Civil Veterinary Department. Madras. Admin. report 1926-33 - 1926-1933
Year: 1926
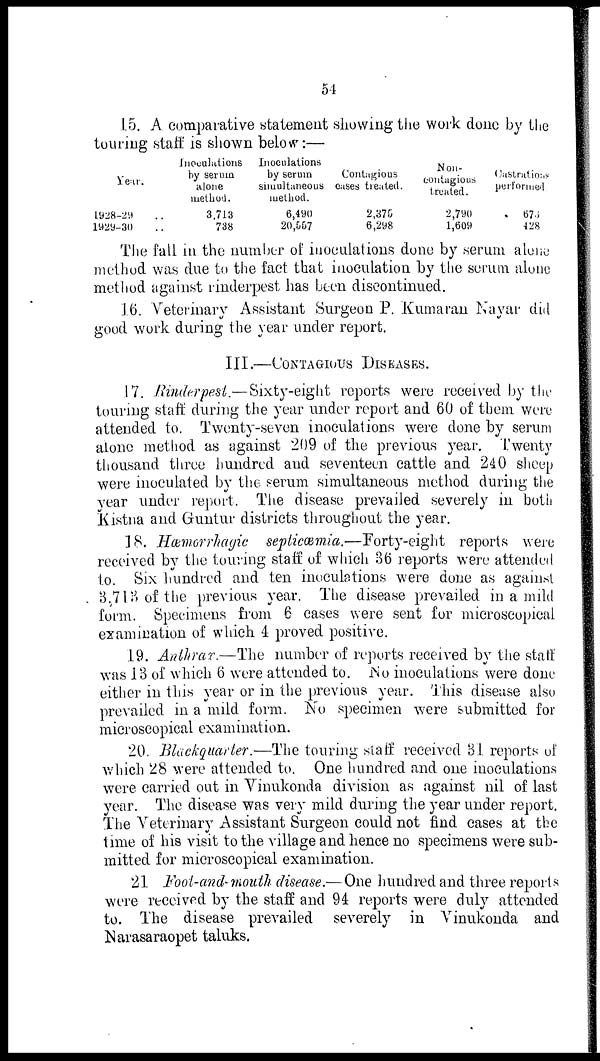
54
15. A comparative statement showing the work done by the
touring staff is shown below:—
Year.
1928-29 ..
1929-30 ..
Inoculations
by serum
alone
method.
3,713
738
Inoculations
by serum
simultaneous
method.
6,490
20,557
Contagious
cases treated.
2,375
6,298
Non-
contagious
treated.
2,790
1,609
Castrations
performed.
673
428
The fall in the number of inoculations done by serum alone
method was due to the fact that inoculation by the serum alone
method against rinderpest has been discontinued.
16. Veterinary Assistant Surgeon P. Kumaran Nayar did
good work during the year under report.
III.— CONTAGIOUS DISEASES.
17. Rinderpest.—Sixty-eight reports were received by the
touring staff during the year under report and 60 of them were
attended to. Twenty-seven inoculations were done by serum
alone method as against 209 of the previous year. Twenty
thousand three hundred and seventeen cattle and 240 sheep
were inoculated by the serum simultaneous method during the
year under report. The disease prevailed severely in both
Kistna and Guntur districts throughout the year.
18. Hæmorrhagic septicæmia.—Forty-eight reports were
received by the touring staff of which 36 reports were attended
to. Six hundred and ten inoculations were done as against
3,713 of the previous year. The disease prevailed in a mild
form. Specimens from 6 cases were sent for microscopical
examination of which 4 proved positive.
19. Anthrax.—The number of reports received by the staff
was 13 of which 6 were attended to. No inoculations were done
either in this year or in the previous year. This disease also
prevailed in a mild form. No specimen were submitted for
microscopical examination.
20. Blackquarter.—The touring staff received 31 reports of
which 28 were attended to. One hundred and one inoculations
were carried out in Vinukonda division as against nil of last
year. The disease was very mild during the year under report.
The Veterinary Assistant Surgeon could not find cases at the
time of his visit to the village and hence no specimens were sub-
mitted for microscopical examination.
21 Foot-and-mouth disease.—One hundred and three reports
were received by the staff and 94 reports were duly attended
to. The disease prevailed severely in Vinukonda and
Narasaraopet taluks.